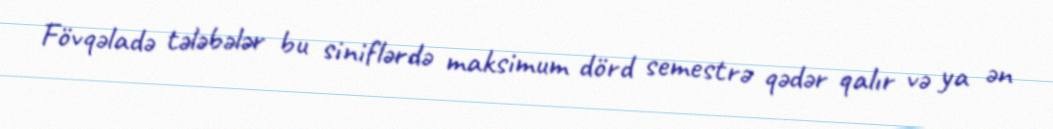
Fövqəladə tələbələr bu siniflərdə maksimum dörd semestrə qədər qalır və ya ən